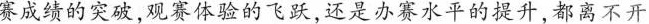
赛成绩的突破,观赛体验的飞跃,还是办赛水平的提升,都离不开